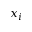
x _ { i }